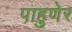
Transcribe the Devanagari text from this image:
पाहुणेर